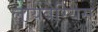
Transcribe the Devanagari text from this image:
लायबेरियस